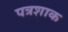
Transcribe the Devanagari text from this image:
पत्रशाक